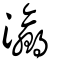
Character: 瀛